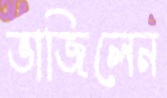
ভাজিলেন